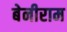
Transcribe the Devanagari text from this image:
बेनीराम